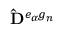
{ \bf \hat { D } } ^ { e _ { \alpha } g _ { n } }